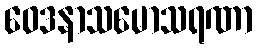
ဝေဒနာသမောသရဏာ